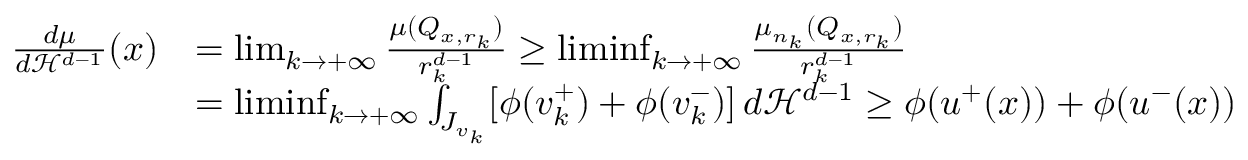
\begin{array} { r l } { \frac { d \mu } { d { \mathcal { H } } ^ { d - 1 } } ( x ) } & { = \operatorname* { l i m } _ { k \to + \infty } \frac { \mu ( Q _ { x , r _ { k } } ) } { r _ { k } ^ { d - 1 } } \ge \operatorname* { l i m i n f } _ { k \to + \infty } \frac { \mu _ { n _ { k } } ( Q _ { x , r _ { k } } ) } { r _ { k } ^ { d - 1 } } } \\ & { = \operatorname* { l i m i n f } _ { k \to + \infty } \int _ { J _ { v _ { k } } } [ \phi ( v _ { k } ^ { + } ) + \phi ( v _ { k } ^ { - } ) ] \, d { \mathcal { H } } ^ { d - 1 } \ge \phi ( u ^ { + } ( x ) ) + \phi ( u ^ { - } ( x ) ) } \end{array}